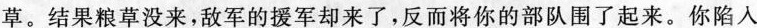
草。结果粮草没来，敌军的援军却来了，反而将你的部队围了起来。你陷入